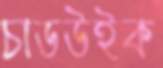
চাডউইক